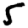
Digit: 5